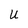
Character: U